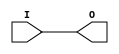
// $Header: /devl/xcs/repo/env/Databases/CAEInterfaces/verunilibs/data/unisims/IBUF_HSTL_IV.v,v 1.6 2007/05/23 21:43:35 patrickp Exp $
///////////////////////////////////////////////////////////////////////////////
// Copyright (c) 1995/2004 Xilinx, Inc.
// All Right Reserved.
///////////////////////////////////////////////////////////////////////////////
//   ____  ____
//  /   /\/   /
// /___/  \  /    Vendor : Xilinx
// \   \   \/     Version : 10.1
//  \   \         Description : Xilinx Functional Simulation Library Component
//  /   /                  Input Buffer with HSTL_IV I/O Standard
// /___/   /\     Filename : IBUF_HSTL_IV.v
// \   \  /  \    Timestamp : Thu Mar 25 16:42:33 PST 2004
//  \___\/\___\
//
// Revision:
//    03/23/04 - Initial version.
//    05/23/07 - Changed timescale to 1 ps / 1 ps.

`timescale  1 ps / 1 ps


module IBUF_HSTL_IV (O, I);

    output O;

    input  I;

	buf B1 (O, I);


endmodule